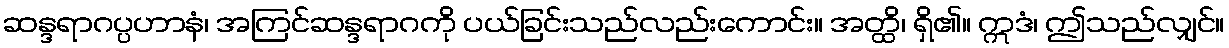
ဆန္ဒရာဂပ္ပဟာနံ၊ အကြင်ဆန္ဒရာဂကို ပယ်ခြင်းသည်လည်းကောင်း။ အတ္ထိ၊ ရှိ၏။ ဣဒံ၊ ဤသည်လျှင်။